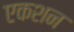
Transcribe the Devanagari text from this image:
एकशन